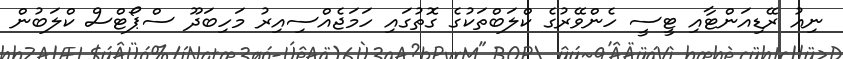
ނިއު ރޭޑިއަންޓާއި ޓީސީ ހެންވޭރުގެ ކްލަބްތަކުގެ ގޮތުގައި ހަމަޖެއްސިއިރު މަހިބަދޫ ސްޕޯޓްސް ކްލަބުން